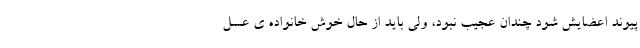
پیوند اعضایش شود چندان عجیب نبود، ولی باید از حال خوش خانواده ی عسل